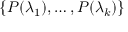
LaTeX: \{ P ( \lambda _ { 1 } ) , \ldots , P ( \lambda _ { k } ) \}